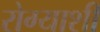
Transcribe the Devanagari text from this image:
रोग्याशी